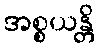
အစ္စယန္တိ